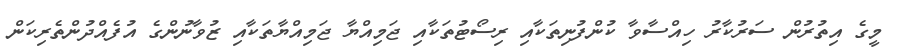
މީގެ އިތުރުން ސަރުކާރު ހިއްސާވާ ކުންފުނިތަކާއި ރިސޯޓުތަކާއި ޖަމިއްޔާ ޖަމިއްޔާތަކާއި ޒުވާނުންގެ އުފެއްދުންތެރިކަން